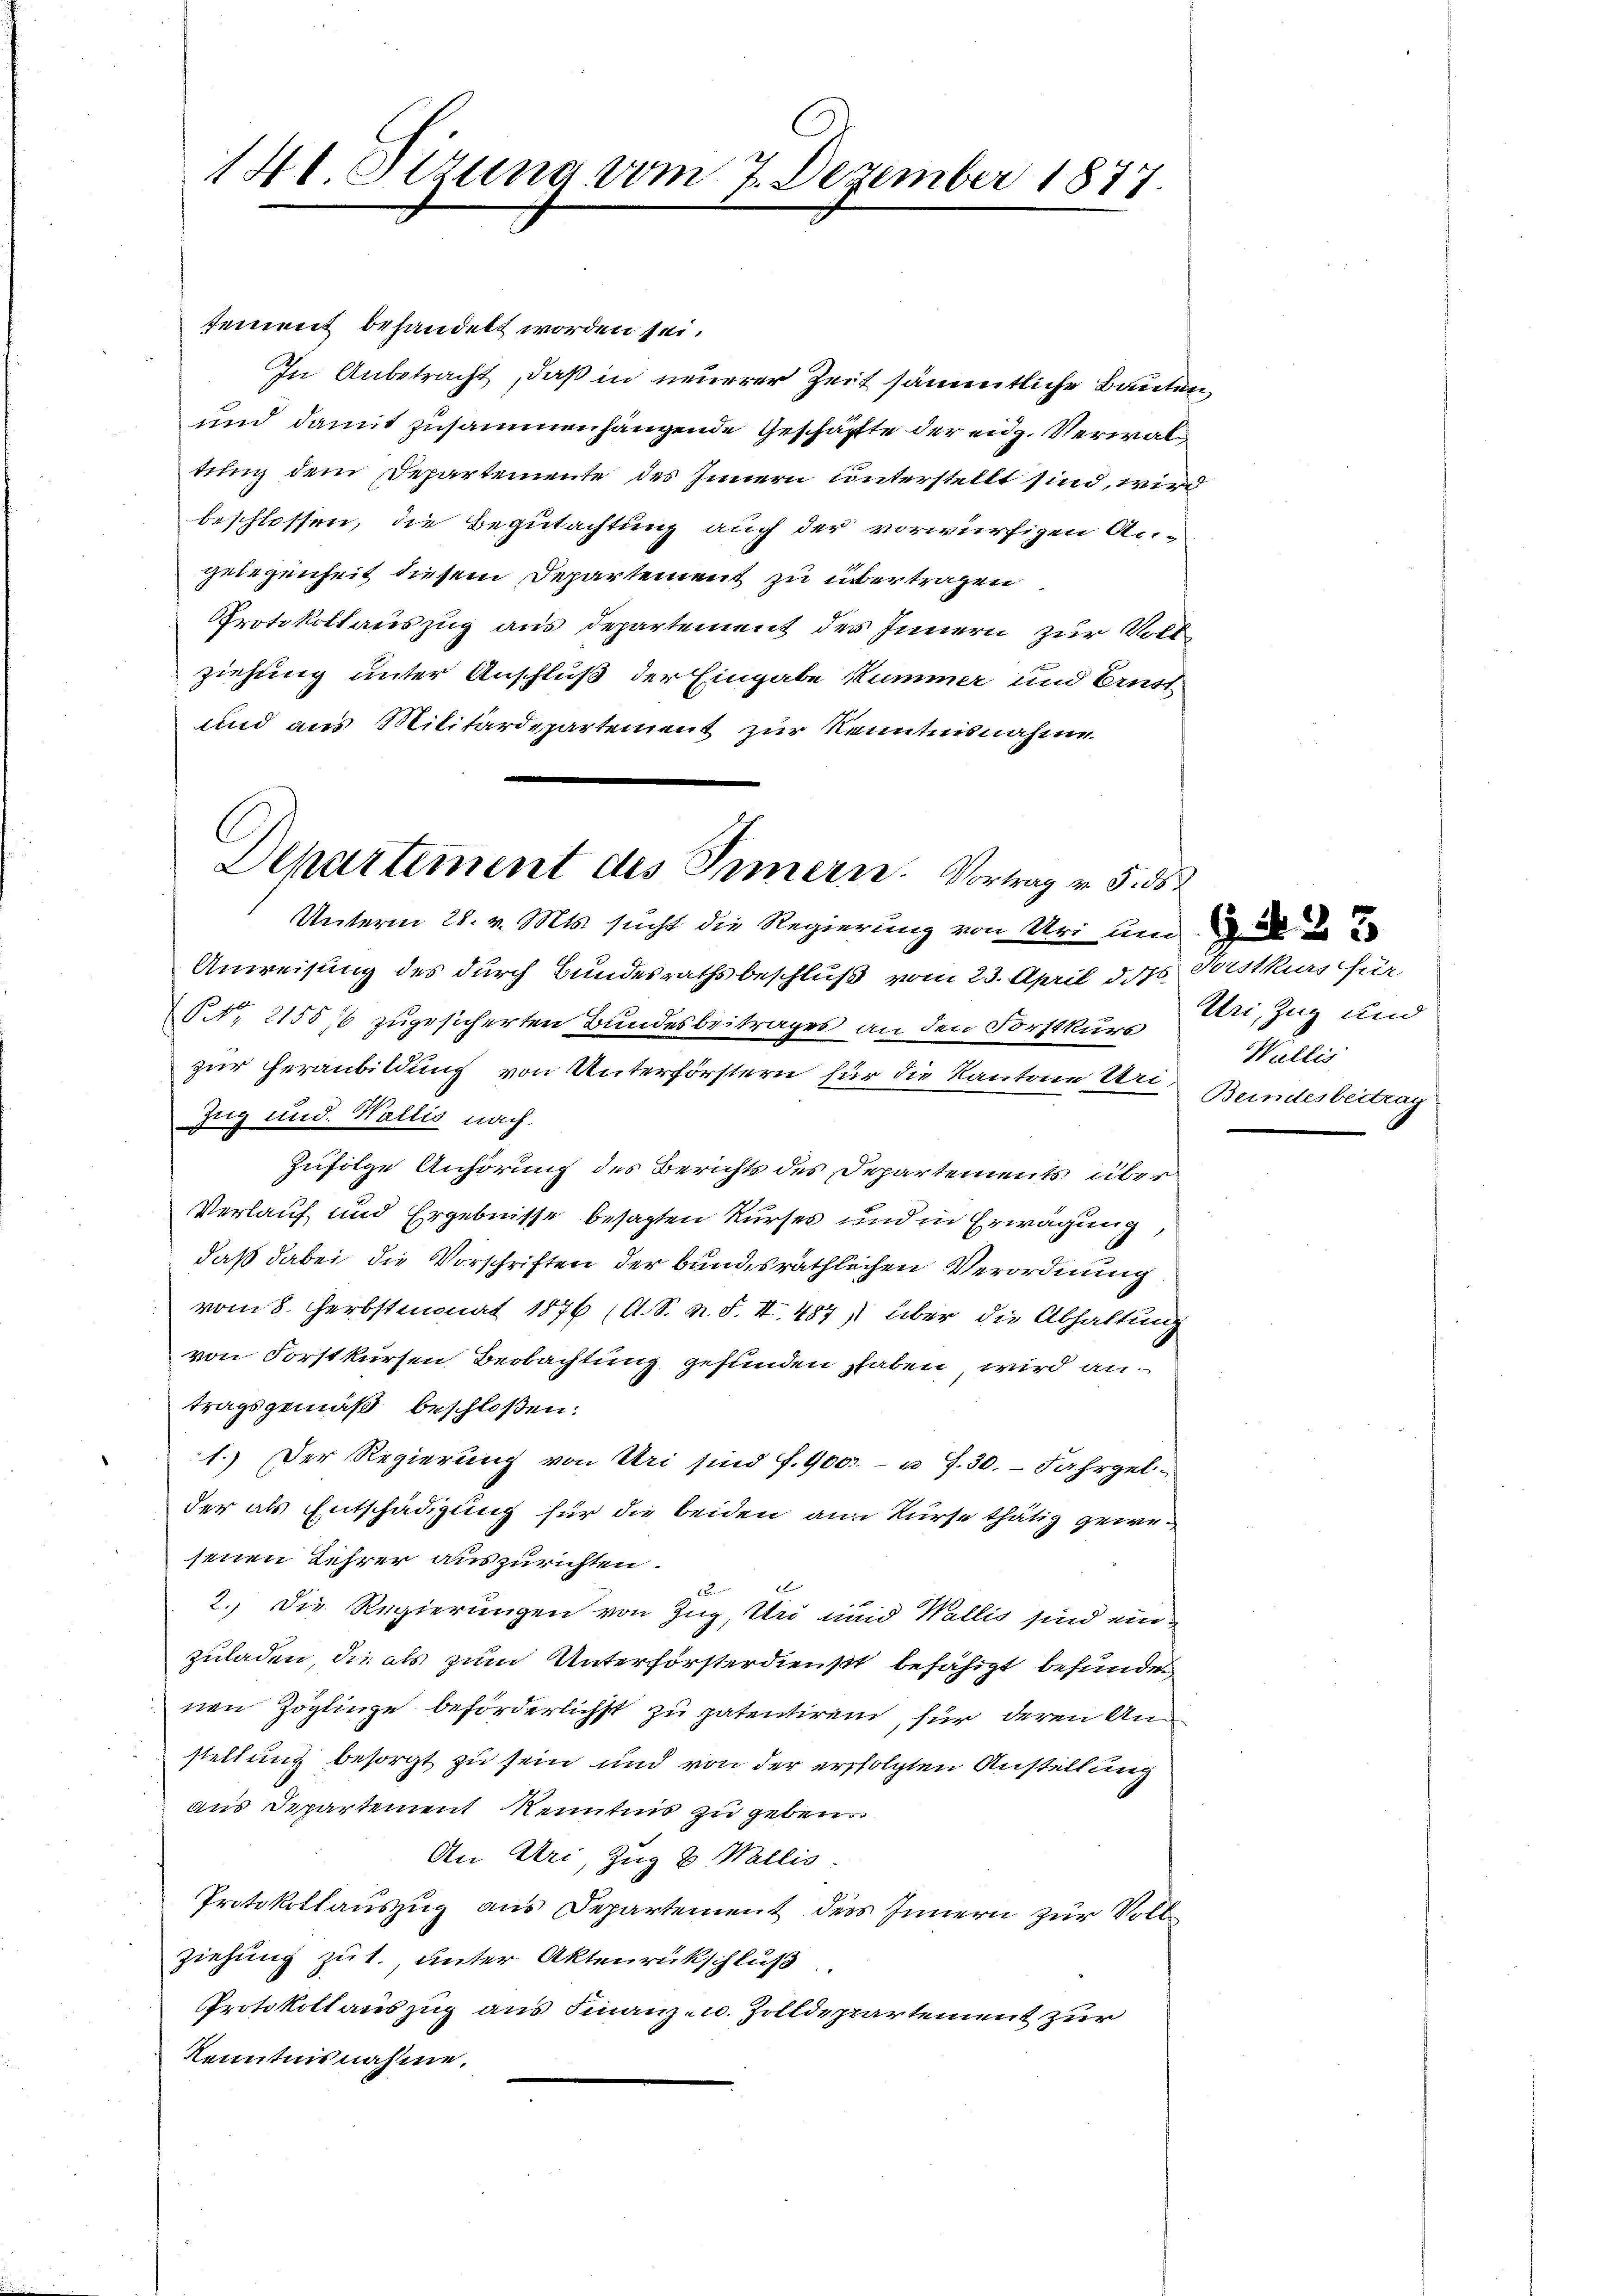
14t. Sizung vom 7. Dezember 1877

sement behandelt worden sei.
In Anbetracht, daß in neuerer Zeit sämmtliche Bauten
und damit zusammenhängende Geschäfte der eidg. Verwaltung dem Departemente des Innern unterstellt sind, wird
beschlossen, die Begutachtung auch der vorwürfigen Angelegenheit diesem Departement zu übertragen
Protokollauszug aus Departement des Innern zur Vollziehung unter Anschluß der Eingabe kummer und Brust
und aus Militärdepartement zur Kenntnisnahme

C
Departement des Innern. Vortrag v. 5. ds

Unterm 28. v. Mts. sucht die Regierung von Uri um
Anweisung des durch Bundesrathsbeschluß vom 23. April d. Js. Vorstkurs für
§ NNo. 2155/6 zugesicherten Bundesbeitrages an den Forstkurs
zur Heranbildung von Unterförstern für die Kantone Uri
Zug und. Wallis nach
Zufolge Anhörung des Berichts des Departements über
Verlauf und Ergebnisse besagten Kurses und in Erwägung,
daß dabei die Vorschriften der bundesräthlichen Verordnung
vom 8. Herbstmonat 1876 (A. S. n. F. II. 487) über die Abhaltung
von Forstkursen Beobachtung gefunden haben wird antragsgemäß beschloßen:
1.) Der Regierung von Uri sind f. 400.- u J.30.- Fahrgel-
der als Entschädigung für die beiden am Kurse thätig gewesenen Lehrer auszurichten.
2.) Die Regierungen von Zug, Uri und Wallis sind einzuladen, die als zum Unterförsterdienst befähigt befunden
nen Zöglinge beförderlichst zu patentiren, für deren Anstellung besorgt zu sein und von der erfolgten Anstellung
aus Departement Kenntnis zu geben.
An Uri, Zug & Wallis.
Protokollauszug aus Departement des Innern zur Volk
ziehung zu t. unter Aktenrückschluß
Protokoll auszug aus Finanz- u. Zolldepartement zur
Kenntnisnahme.

Uri, Zug und
Willis
Beindesbeitrag